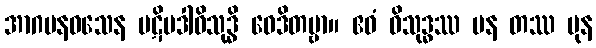
အာဂမနဝသေန ပဋိပဒါဝိသုဒ္ဓိ ဝေဒိတဗ္ဗာ။ ဧဝံ ဝိသုဒ္ဓဿ ပန တဿ ပုန